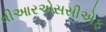
વીઆરએસસીએફ